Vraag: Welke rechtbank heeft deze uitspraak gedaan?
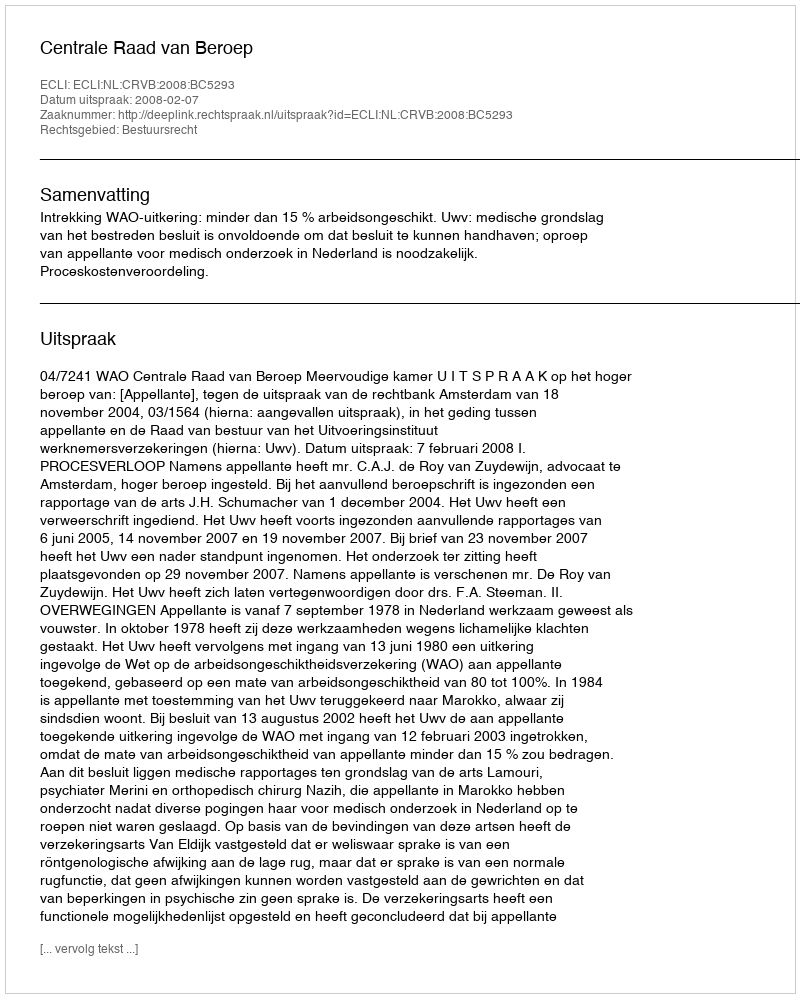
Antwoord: Centrale Raad van Beroep